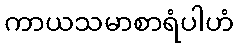
ကာယသမာစာရံပါဟံ